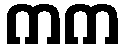
ကက